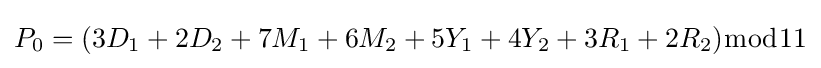
P_{0}=(3D_{1}+2D_{2}+7M_{1}+6M_{2}+5Y_{1}+4Y_{2}+3R_{1}+2R_{2}){\bmod {1}}1